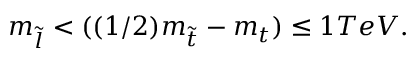
m _ { \tilde { l } } < ( ( 1 / 2 ) m _ { \tilde { t } } - m _ { t } ) \leq 1 T e V .